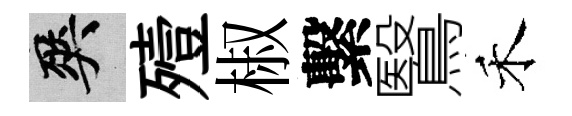
爽殪椒繫鷖禾